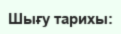
Шығу тарихы: